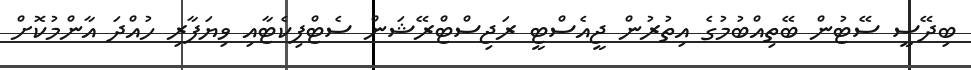
ބިދޭސީ ސޭޓުން ބޭތިއްބުމުގެ އިތުރުން ޖީއެސްޓީ ރަޖިސްޓްރޭޝަން ސެޓްފިކެޓާއި ވިޔަފާރި ހުއްދަ އާންމުކޮށް